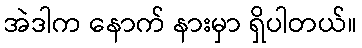
အဲဒါက နောက် နားမှာ ရှိပါတယ်။